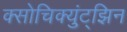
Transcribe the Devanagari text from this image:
क्सोचिक्युंट्झिन